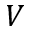
V